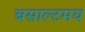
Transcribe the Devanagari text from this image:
बसाल्टमय